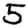
Digit: 5